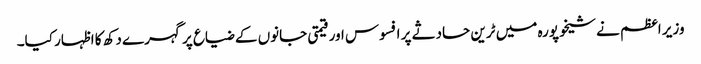
وزیر اعظم نے شیخوپورہ میں ٹرین حادثے پر افسوس اور قیمتی جانوں کے ضیاع پر گہرے دکھ کا اظہار کیا۔